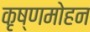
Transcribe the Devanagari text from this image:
कृष्णमोहन